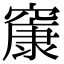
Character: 䆲